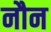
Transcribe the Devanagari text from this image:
नौन